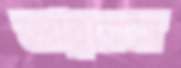
তাত্ত্বিকেরা